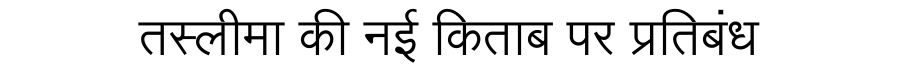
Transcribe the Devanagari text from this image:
तस्लीमा की नई किताब पर प्रतिबंध